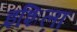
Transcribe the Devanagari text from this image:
इशिला